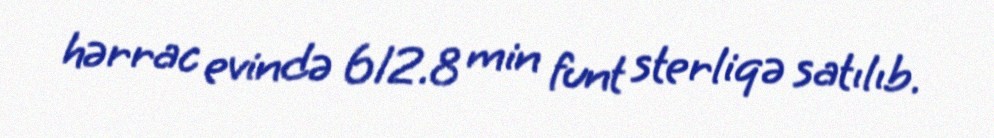
hərrac evində 612.8 min funt sterliqə satılıb.